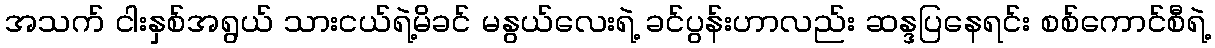
အသက် ငါးနှစ်အရွယ် သားငယ်ရဲ့မိခင် မနွယ်လေးရဲ့ ခင်ပွန်းဟာလည်း ဆန္ဒပြနေရင်း စစ်ကောင်စီရဲ့